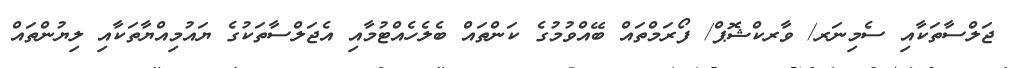
ޖަލްސާތަކާއި ސެމިނަރ/ ވާރކްޝޮޕް/ ފޯރަމްތައް ބޭއްވުމުގެ ކަންތައް ބެލެހެއްޓުމާއި އެޖަލްސާތަކުގެ ޔައުމިއްޔާތަކާއި ލިޔުންތައް